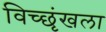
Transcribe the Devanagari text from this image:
विच्छृंखला